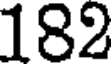
182